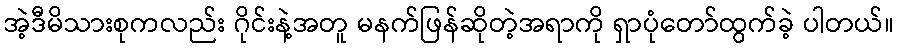
အဲ့ဒီမိသားစုကလည်း ဂိုင်းနဲ့အတူ မနက်ဖြန်ဆိုတဲ့အရာကို ရှာပုံတော်ထွက်ခဲ့ ပါတယ်။